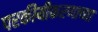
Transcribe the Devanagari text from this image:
परकीयीकरणाच्या